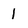
Character: 1